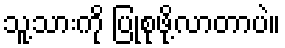
သူ့သားကို ပြုစုဖို့လာတာပဲ။